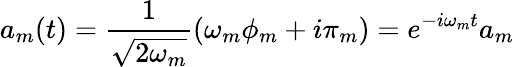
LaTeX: a_{m}(t)=\frac{1}{\sqrt{2\omega_{m}}}(\omega_{m}\phi_{m}+i\pi_{m})=e^{-i\omega_{m}t}a_{m}